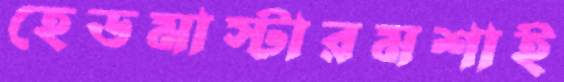
হেডমাস্টারমশাই